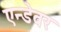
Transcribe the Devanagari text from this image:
एन्डेवर